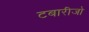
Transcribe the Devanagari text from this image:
टबारीजो